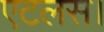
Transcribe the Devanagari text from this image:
एटलस।